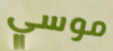
موسي